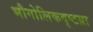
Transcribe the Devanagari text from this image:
भौगोलिकदृष्टय़ा